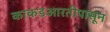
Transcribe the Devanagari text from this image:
काकडआरतीपासून